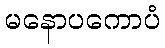
မနောပကောပံ